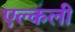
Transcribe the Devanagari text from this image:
एल्कली